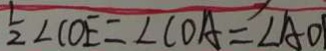
\frac { 1 } { 2 } \angle C O E = \angle C O A = \angle A O